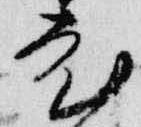
老